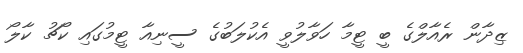
ޒިދާން ރެއާލްގެ ބީ ޓީމާ ހަވާލުވީ އެކުލަބުގެ ސީނިއާ ޓީމުގައި ކޯޗު ކާލޯ